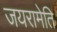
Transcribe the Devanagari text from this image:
जयरामेति